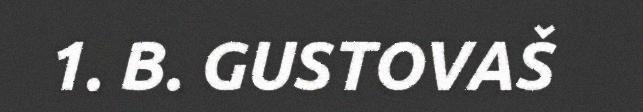
1. B. GUSTOVAŠ